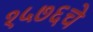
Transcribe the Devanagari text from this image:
१५७६चे